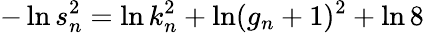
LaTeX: -\ln s_{n}^{2}=\ln k_{n}^{2}+\ln(g_{n}+1)^{2}+\ln 8